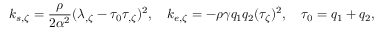
k _ { s , \zeta } = { \frac { \rho } { 2 \alpha ^ { 2 } } } ( \lambda _ { , \zeta } - \tau _ { 0 } \tau _ { , \zeta } ) ^ { 2 } , \ \ \ k _ { e , \zeta } = - \rho \gamma q _ { 1 } q _ { 2 } ( \tau _ { \zeta } ) ^ { 2 } , \ \ \ \tau _ { 0 } = q _ { 1 } + q _ { 2 } ,